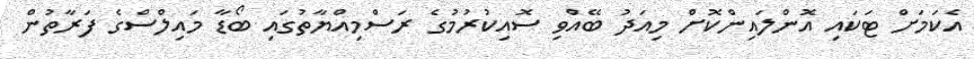
އެކަމަށް ޓަކައި އޮންލައިންކޮށް މިއަދު ބޭއްވި ސޮއިކުރުމުގެ ރަސްމިއްޔާތުގައި ބޯޑާ މައިލްސްގެ ފަރާތުން